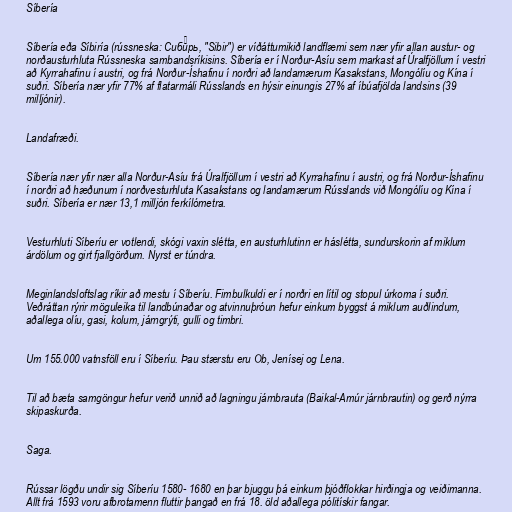
Síbería

Síbería eða Síbiría (rússneska: Сиби́рь, "Sibir") er víðáttumikið landflæmi sem nær yfir allan austur- og
norðausturhluta Rússneska sambandsríkisins. Síbería er í Norður-Asíu sem markast af Úralfjöllum í vestri
að Kyrrahafinu í austri, og frá Norður-Íshafinu í norðri að landamærum Kasakstans, Mongólíu og Kína í
suðri. Síbería nær yfir 77% af flatarmáli Rússlands en hýsir einungis 27% af íbúafjölda landsins (39
milljónir).

Landafræði.

Síbería nær yfir nær alla Norður-Asíu frá Úralfjöllum í vestri að Kyrrahafinu í austri, og frá Norður-Íshafinu
í norðri að hæðunum í norðvesturhluta Kasakstans og landamærum Rússlands við Mongólíu og Kína í
suðri. Síbería er nær 13,1 milljón ferkílómetra.

Vesturhluti Síberíu er votlendi, skógi vaxin slétta, en austurhlutinn er háslétta, sundurskorin af miklum
árdölum og girt fjallgörðum. Nyrst er túndra.

Meginlandsloftslag ríkir að mestu í Síberíu. Fimbulkuldi er í norðri en lítil og stopul úrkoma í suðri.
Veðráttan rýrir möguleika til landbúnaðar og atvinnuþróun hefur einkum byggst á miklum auðlindum,
aðallega olíu, gasi, kolum, járngrýti, gulli og timbri.

Um 155.000 vatnsföll eru í Síberíu. Þau stærstu eru Ob, Jenísej og Lena.

Til að bæta samgöngur hefur verið unnið að lagningu járnbrauta (Baikal-Amúr járnbrautin) og gerð nýrra
skipaskurða.

Saga.

Rússar lögðu undir sig Síberíu 1580- 1680 en þar bjuggu þá einkum þjóðflokkar hirðingja og veiðimanna.
Allt frá 1593 voru afbrotamenn fluttir þangað en frá 18. öld aðallega pólitískir fangar.